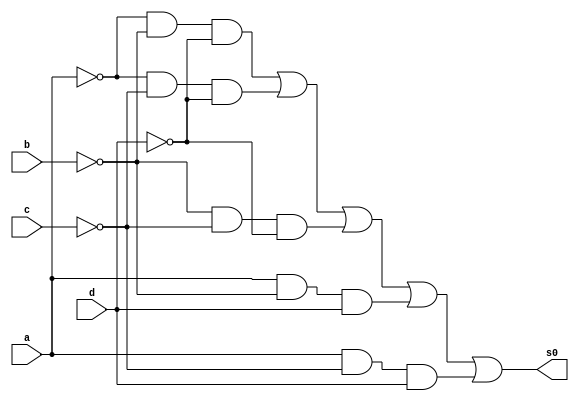
// -----------------------------------------------------------------------------------------------------------------
// Guia 08 - Exericio 02
// Nome: Bruno Csar Lopes Silva - 415985
// -----------------------------------------------------------------------------------------------------------------

//-----------------
//-- Simplificacao
//-----------------

module simplificacao(s0, a, b, c, d);

output s0;
input a, b, c, d;

wire s1, s2, s3, s4, s5, s6, s7, s8, s9, s10, s11, s12, s13, s14, s15, s16;

and AND1(s12, s1, s2, s3);
and AND2(s13, s4, s5, s6);
and AND3(s14, s7, s8, s9);
and AND4(s15, a, s10, d);
and AND5(s16, a, s11, d);
or OR1(s0, s12, s13, s14, s15, s16);
not NOT1(s1, a);
not NOT2(s2, b);
not NOT3(s3, d);
not NOT4(s4, a);
not NOT5(s5, c);
not NOT6(s6, d);
not NOT7(s7, b);
not NOT8(s8, c);
not NOT9(s9, d);
not NOT10(s10, b);
not NOT11(s11, c);

endmodule //--fim module simplificacao

//-----------------------
//-- Teste Simplificacao
//-----------------------

module testesimplificacao;

reg a, b, c, d;
wire s0, s1, s2, s3, s4, s5, s6, s7, s8, s9, s10, s11, s12, s13, s14, s15, s16;

//--instncia
simplificacao SP1 (s0, a, b, c, d);

initial begin:start
a=0; b=0; c=0; d=0;    
end

//-- parte principal
initial begin:main
$display("Guia 08 - Exercicio 02 ");
$display("Bruno Csar Lopes Silva - 415985");
$display("Simplificacao por Quine-McCluskey da funcao = f ( a, b, c, d ) = SoP ( m( 0, 2, 4, 8, 9, 11, 13 ) )");
$display("\na b c d = s0\n");
$monitor("%b %b %b %b = %b", a, b, c, d, s0);
#1 a=0; b=0; c=0; d=1;
#1 a=0; b=0; c=1; d=0;
#1 a=0; b=0; c=1; d=1;
#1 a=0; b=1; c=0; d=0;
#1 a=0; b=1; c=0; d=1;
#1 a=0; b=1; c=1; d=0;
#1 a=0; b=1; c=1; d=1;
#1 a=1; b=0; c=0; d=0;
#1 a=1; b=0; c=0; d=1;
#1 a=1; b=0; c=1; d=0;
#1 a=1; b=0; c=1; d=1;
#1 a=1; b=1; c=0; d=0;
#1 a=1; b=1; c=0; d=1;
#1 a=1; b=1; c=1; d=0;
#1 a=1; b=1; c=1; d=1;

end
 
endmodule //-- fim teste simplificacao